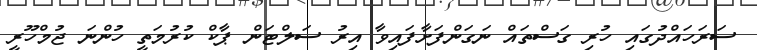
ސަރަހައްދުގައި ހުރި ގަސްތައް ނަގަންފަށާފައިވާ އިރު ސަލްޓަން ޕާކް ކުރުމަތީ ހުންނަ ޖުމްހޫރީ